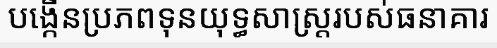
បង្កើនប្រភពទុនយុទ្ធសាស្ត្ររបស់ធនាគារ